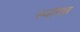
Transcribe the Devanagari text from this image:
स्य़ांगार